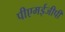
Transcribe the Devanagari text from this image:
पीएमईजीपी